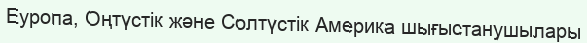
Еуропа, Оңтүстік және Солтүстік Америка шығыстанушылары